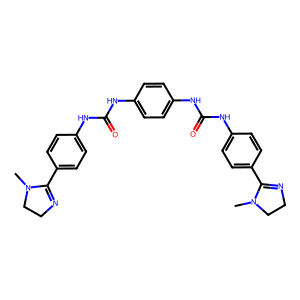
SMILES: CN1CCN=C1c1ccc(NC(=O)Nc2ccc(NC(=O)Nc3ccc(C4=NCCN4C)cc3)cc2)cc1
Inhibits HIV replication: No